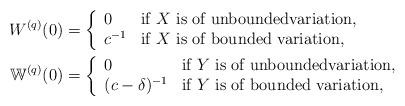
LaTeX: \begin{align*}W^{(q)} (0) &= \left\{ \begin{array}{ll} 0 & \textrm{if $X$ is of unboundedvariation,} \\ c^{-1} & \textrm{if $X$ is of bounded variation,}\end{array} \right. \\ \mathbb{W}^{(q)} (0) &= \left\{ \begin{array}{ll} 0 & \textrm{if $Y$ is of unboundedvariation,} \\ (c-\delta)^{-1} & \textrm{if $Y$ is of bounded variation,}\end{array} \right. \end{align*}